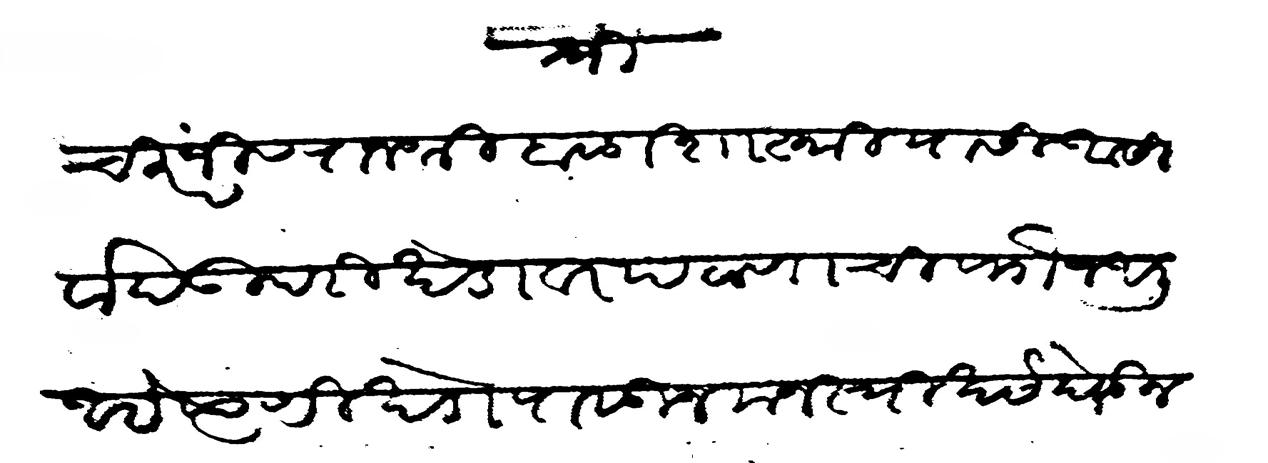
Transliteration (Devanagari): श्री चिरंजीव राजश्री बाळाशास्त्री यासी आसीर्वाद उपरी खेडावर पटाणाची फौज आली आहे त्याणी खेडापासून मनस्वी खर्च घेऊन